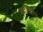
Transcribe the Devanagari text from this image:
पल्लीकापू